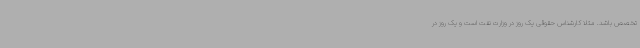
تخصص باشد. مثلاً کارشناس حقوقی یک روز در وزارت نفت است و یک روز در